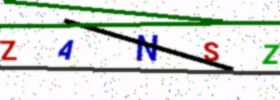
Text: ZANSZ